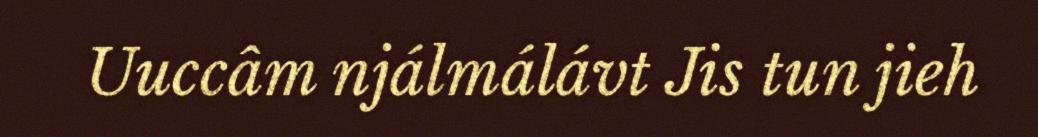
Uuccâm njálmálávt Jis tun jieh